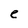
Character: e